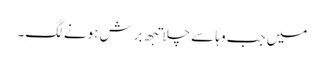
میں جب وہا سے چلا تبھِ برِش ہونے لگِ۔